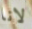
لانا